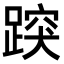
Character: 𨃍